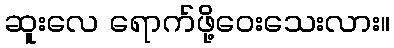
ဆူးလေ ရောက်ဖို့ဝေးသေးလား။